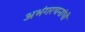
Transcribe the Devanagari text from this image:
अभंगरचनांची